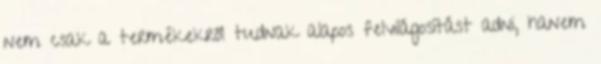
nem csak a termékekről tudnak alapos felvilágosítást adni, hanem